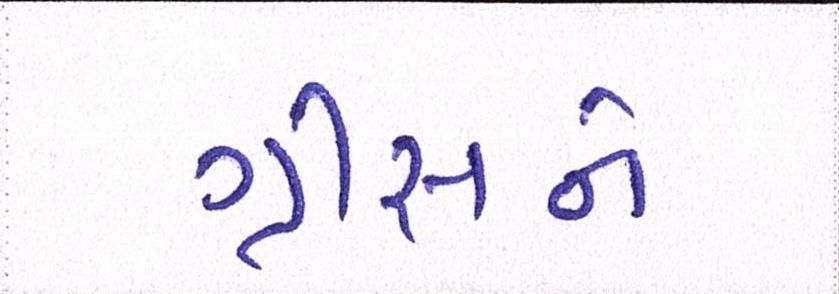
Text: ગ્રીસને